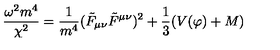
\frac { \omega ^ { 2 } m ^ { 4 } } { \chi ^ { 2 } } = \frac { 1 } { m ^ { 4 } } ( \tilde { F } _ { \mu \nu } \tilde { F } ^ { \mu \nu } ) ^ { 2 } + \frac { 1 } { 3 } ( V ( \varphi ) + M )